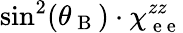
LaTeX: \sin^{2}(\theta_{\mathrm{~B~}})\cdot\chi_{\mathrm{~e~e~}}^{zz}